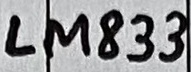
Text: LM833